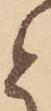
と